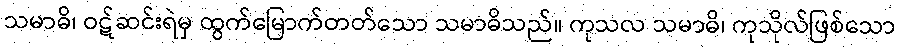
သမာဓိ၊ ဝဋ်ဆင်းရဲမှ ထွက်မြောက်တတ်သော သမာဓိသည်။ ကုသလ သမာဓိ၊ ကုသိုလ်ဖြစ်သော